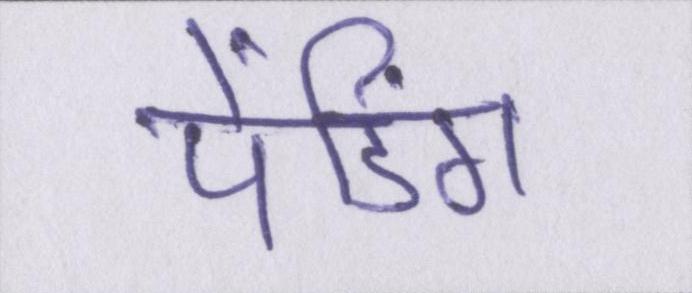
पेंडिंग